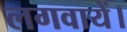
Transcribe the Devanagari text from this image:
लगवायें।